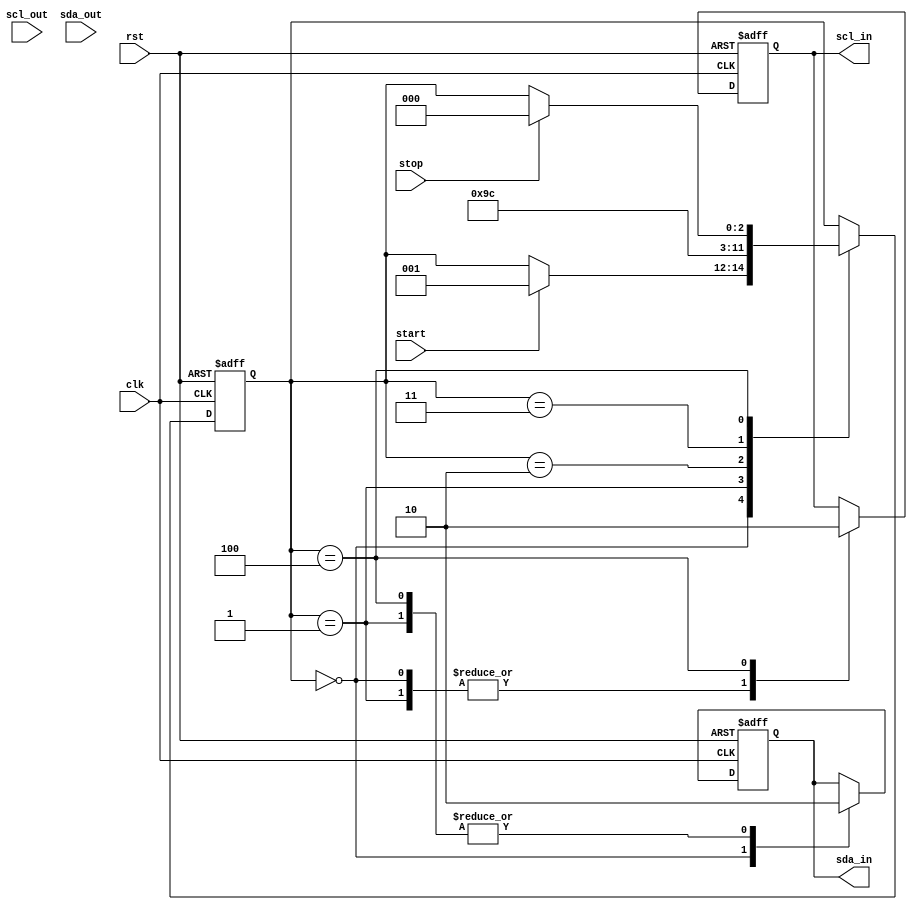
module i2c_timing_control_sync (
    input wire clk,
    input wire rst,
    input wire start,
    input wire stop,
    input wire scl_out,
    input wire sda_out,
    output reg scl_in,
    output reg sda_in
);

reg [2:0] state;

parameter IDLE = 3'b000;
parameter START = 3'b001;
parameter RECV_DATA = 3'b010;
parameter ACK = 3'b011;
parameter STOP = 3'b100;

always @(posedge clk or posedge rst) begin
    if (rst) begin
        state <= IDLE;
        scl_in <= 1'b1;
        sda_in <= 1'b1;
    end else begin
        case(state)
            IDLE: begin
                scl_in <= 1'b1;
                sda_in <= 1'b1;
                if (start) begin
                    state <= START;
                end
            end
            START: begin
                scl_in <= 1'b1;
                sda_in <= 1'b0;
                state <= RECV_DATA;
            end
            RECV_DATA: begin
                // Logic to receive data
                state <= ACK;
            end
            ACK: begin
                // Logic to send ACK
                state <= STOP;
            end
            STOP: begin
                scl_in <= 1'b0;
                sda_in <= 1'b0;
                if (stop) begin
                    state <= IDLE;
                end
            end
        endcase
    end
end

endmodule